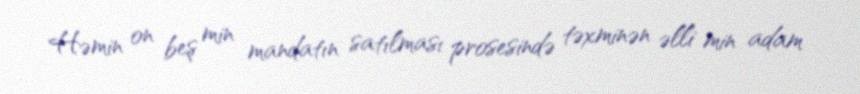
Həmin on beş min mandatın satılması prosesində təxminən əlli min adam